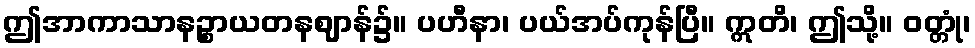
ဤအာကာသာနဉ္စာယတနဈာန်၌။ ပဟီနာ၊ ပယ်အပ်ကုန်ပြီ။ ဣတိ၊ ဤသို့။ ဝတ္တုံ၊